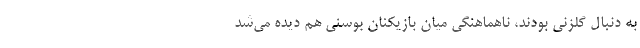
به دنبال گلزنی بودند، ناهماهنگی میان بازیکنان بوسنی هم دیده می‌شد